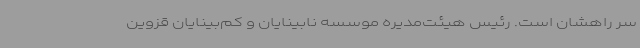
سر راهشان است. رئیس هیئت‌مدیره موسسه نابینایان و کم‌بینایان قزوین